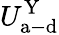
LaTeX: U_{\mathrm{a-d}}^{\mathrm{Y}}